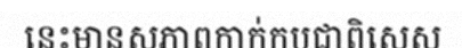
នេះមានសភាពកាក់កបជាពិសេស